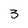
Character: 3